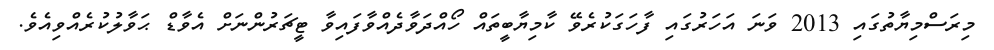
މިރަސްމިޔާތުގައި 2013 ވަނަ އަހަރުގައި ފާހަގަކުރެވޭ ކާމިޔާބީތައް ހޯއްދަވާދެއްވާފައިވާ ޓީޗަރުންނަށް އެވާޑް ޙަވާލުކުރެއްވިއެވެ.